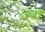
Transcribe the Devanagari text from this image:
४३वॉ